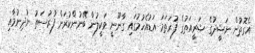
އެގޮތުން ނަޝީދުގެ ޝަރީއަތުގެ ފުރަތަމަ އަޑުއެހުމުގައި ގާނޫނީ ވަކީލުން ބޭނުންކުރަން ފުރުސަތު ނުދިނުމާއި